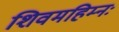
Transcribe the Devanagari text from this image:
शिवमहिम्नः